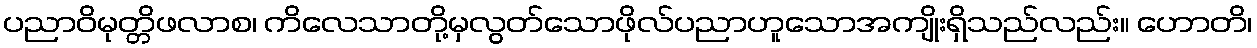
ပညာဝိမုတ္တိဖလာစ၊ ကိလေသာတို့မှလွတ်သောဖိုလ်ပညာဟူသောအကျိုးရှိသည်လည်း။ ဟောတိ၊